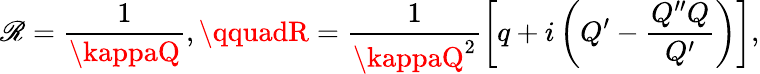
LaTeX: \mathscr{R}=\frac{{1}}{{\kappaQ}},\qquadR=\frac{{1}}{{\kappaQ^{2}}}\left[q+i\left(Q^{\prime}-\frac{{Q^{\prime\prime}Q}}{{Q^{\prime}}}\right)\right],